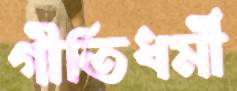
গীতিধর্মী